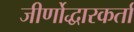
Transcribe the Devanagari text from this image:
जीर्णोद्धारकर्ता